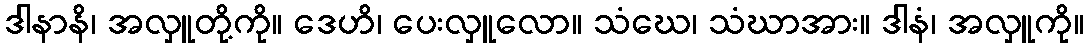
ဒါနာနိ၊ အလှူတို့ကို။ ဒေဟိ၊ ပေးလှူလော။ သံဃေ၊ သံဃာအား။ ဒါနံ၊ အလှူကို။